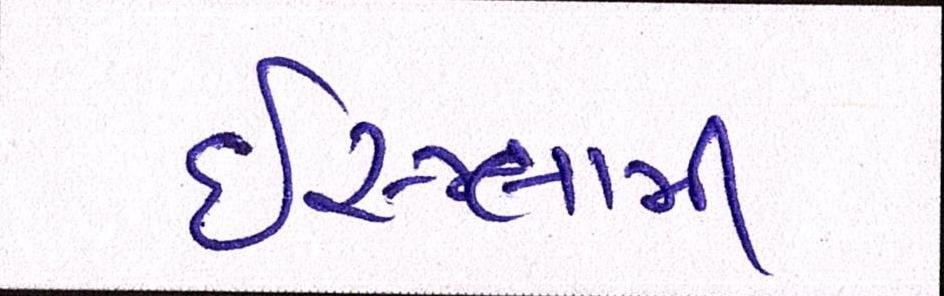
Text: ઈસ્લામી